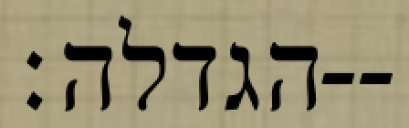
הגדלה׃--